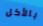
بالأكل